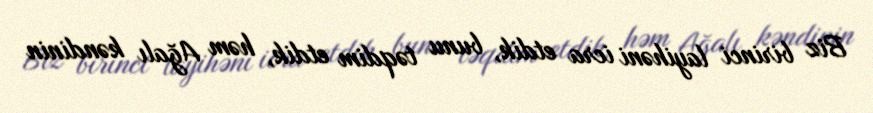
Biz birinci layihəni icra etdik, bunu təqdim etdik, həm Ağalı kəndinin